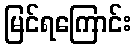
မြင်ရကြောင်း